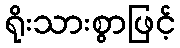
ရိုးသားစွာဖြင့်